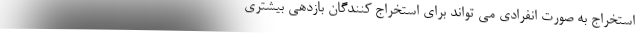
استخراج به صورت انفرادی می تواند برای استخراج کنندگان بازدهی بیشتری